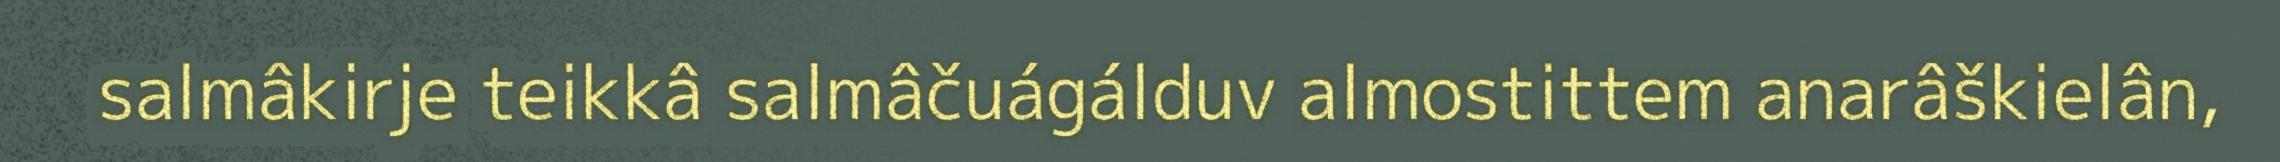
salmâkirje teikkâ salmâčuágálduv almostittem anarâškielân,